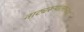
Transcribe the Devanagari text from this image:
नाट्यरूपांतराच्या